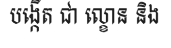
បង្កើត ជា ល្ខោន និង